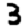
Digit: 3